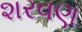
શરવણ